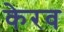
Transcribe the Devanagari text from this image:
केरव